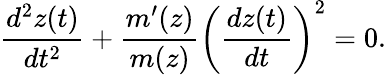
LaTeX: \frac{d^{2}z(t)}{dt^{2}}+\frac{m^{\prime}(z)}{m(z)}\left(\frac{dz(t)}{dt}\right)^{2}=0.